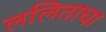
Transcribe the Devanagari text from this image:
ललिताचा